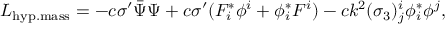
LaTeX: { \cal L } _ { \mathrm { h y p . m a s s } } = - c \sigma ^ { \prime } \bar { \Psi } \Psi + c \sigma ^ { \prime } ( F _ { i } ^ { * } \phi ^ { i } + \phi _ { i } ^ { * } F ^ { i } ) - c k ^ { 2 } ( \sigma _ { 3 } ) _ { j } ^ { i } \phi _ { i } ^ { * } \phi ^ { j } ,